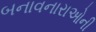
બનાવનારાઓની